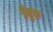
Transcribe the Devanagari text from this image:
ईबुक